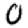
Digit: 0